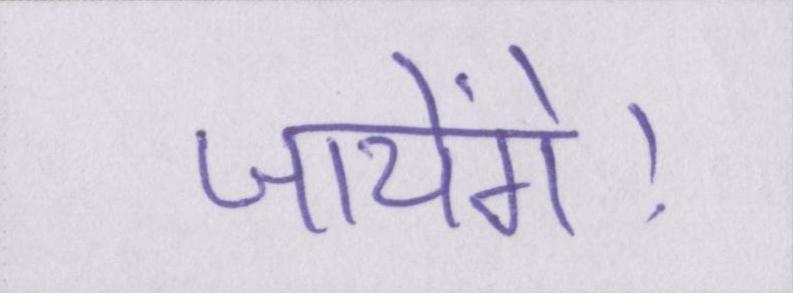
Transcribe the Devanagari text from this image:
जायेंगे।